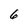
Character: 6